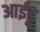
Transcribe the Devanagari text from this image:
आईडू